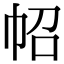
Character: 𢁾